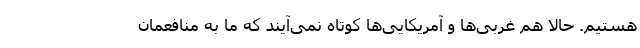
هستیم. حالا هم غربی‌ها و آمریکایی‌ها کوتاه نمی‌آیند که ما به منافعمان